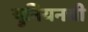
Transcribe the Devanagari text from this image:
युनियनची